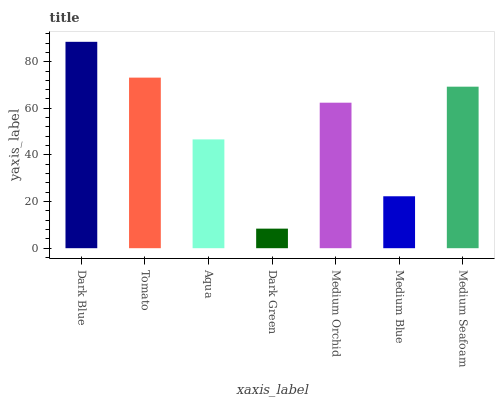
| xaxis_label | bars |
 | --- | --- |
 | Dark Blue | 88.5 |
 | Tomato | 73.2 |
 | Aqua | 46.7 |
 | Dark Green | 8.39 |
 | Medium Orchid | 62.4 |
 | Medium Blue | 22.3 |
 | Medium Seafoam | 69.3 |